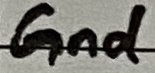
Text: Gnd